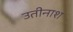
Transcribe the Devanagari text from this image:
उतीनाश